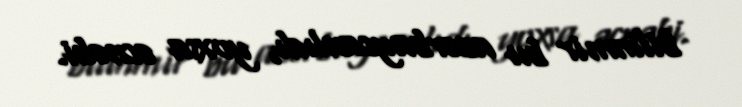
bilinmir bu azərbaycanlıdı, yoxsa əcnəbi.